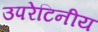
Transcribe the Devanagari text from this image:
उपरेटिनीय